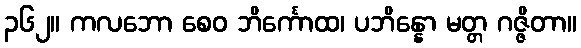
၃၆၂။ ကလဘော စေဝ ဘိင်္ကောထ၊ ပဘိန္နော မတ္တ ဂဇ္ဇိတာ။